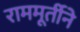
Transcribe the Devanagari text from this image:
राममूर्तीने